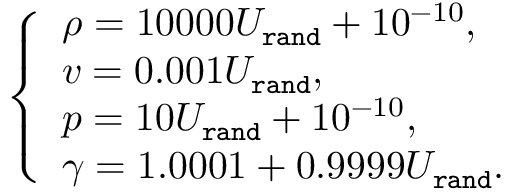
\begin{array} { r } { \left\{ \begin{array} { l l } { \rho = 1 0 0 0 0 U _ { \tt r a n d } + 1 0 ^ { - 1 0 } , } \\ { v = 0 . 0 0 1 U _ { \tt r a n d } , } \\ { p = 1 0 U _ { \tt r a n d } + 1 0 ^ { - 1 0 } , } \\ { \gamma = 1 . 0 0 0 1 + 0 . 9 9 9 9 U _ { \tt r a n d } . } \end{array} \right. } \end{array}